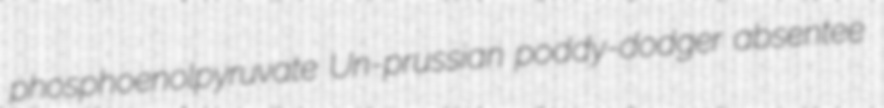
phosphoenolpyruvate Un-prussian poddy-dodger absentee